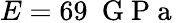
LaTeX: E=69~\mathrm{~G~P~a~}